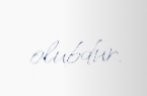
olubdur.